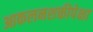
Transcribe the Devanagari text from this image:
आकलनशक्तीपेक्षा